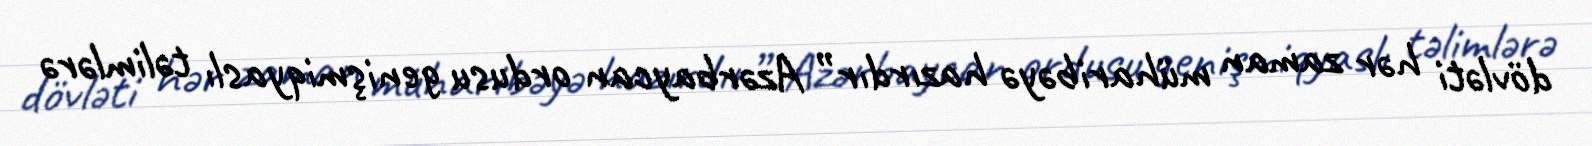
dövləti hər zaman müharibəyə hazırdır” Azərbaycan ordusu genişmiqyaslı təlimlərə